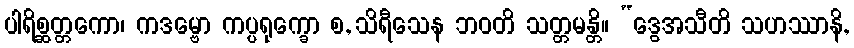
ပါရိစ္ဆတ္တကော၊ ကဒမ္ဗော ကပ္ပရုက္ခော စ, သိရီသေန ဘဝတိ သတ္တမန္တိ။ “ဒွေအသီတိ သဟဿာနိ,